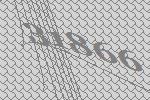
31866